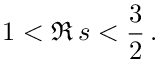
1 < \Re \, s < \frac { 3 } { 2 } \, .